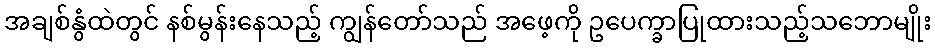
အချစ်နွံထဲတွင် နစ်မွန်းနေသည့် ကျွန်တော်သည် အဖေ့ကို ဥပေက္ခာပြုထားသည့်သဘောမျိုး